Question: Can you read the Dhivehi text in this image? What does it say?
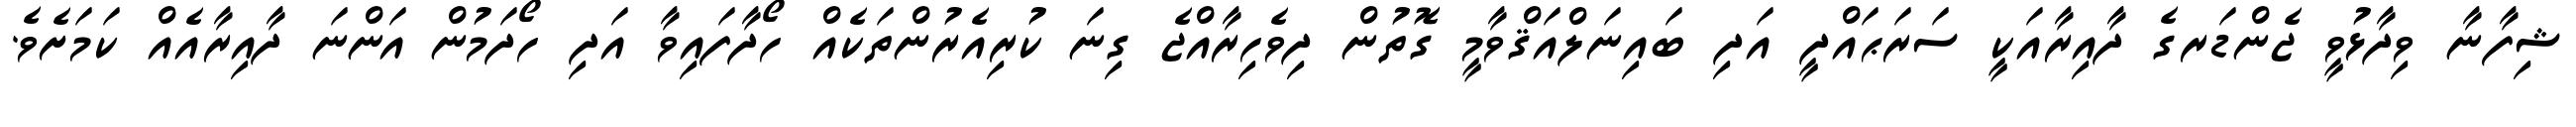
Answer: ޝިފާނާ ވިދާޅުވީ ޖެންޑަރގެ ދާއިރާއަކީ ސަރަޙައްދީ އަދި ބައިނަލްއަޤްވާމީ ގޮތުން ދިވެހިރާއްޖެ ގިނަ ކުރިއެރުންތަކެއް ހޯދާފައިވާ އަދި ހޯދަމުން އަންނަ ދާއިރާއެއް ކަމަށެވެ.